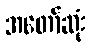
အတော်ဆုံး